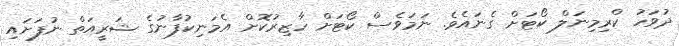
ދުވަހު ކްރިމިނަލް ކޯޓަށް ގެނައެވެ. ނަމަވެސް ކޯޓަށް ހާޒިރުކޮށް އެމަނިކުފާނުގެ ޝަރީއަތް ނުފަށައި